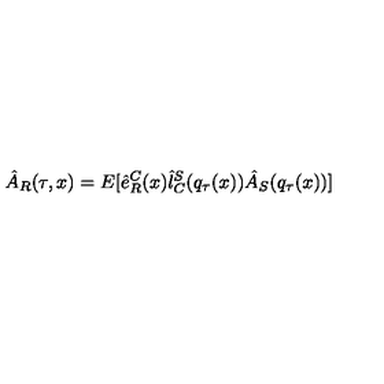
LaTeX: \hat { A } _ { R } ( \tau , x ) = E [ \hat { e } _ { R } ^ { C } ( x ) \hat { l } _ { C } ^ { S } ( q _ { \tau } ( x ) ) \hat { A } _ { S } ( q _ { \tau } ( x ) ) ]